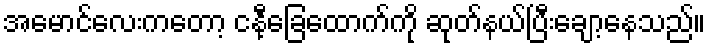
အမောင်လေးကတော့ ငနီ့ခြေထောက်ကို ဆုတ်နယ်ပြီးချော့နေသည်။